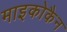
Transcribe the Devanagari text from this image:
माइकोकैन